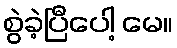
စွဲခဲ့ပြီပေါ့ မေ။